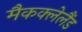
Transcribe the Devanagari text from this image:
मैकक्लेलैंड